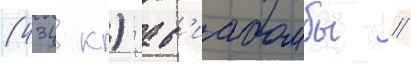
(434 кг) ав'иабомбы //